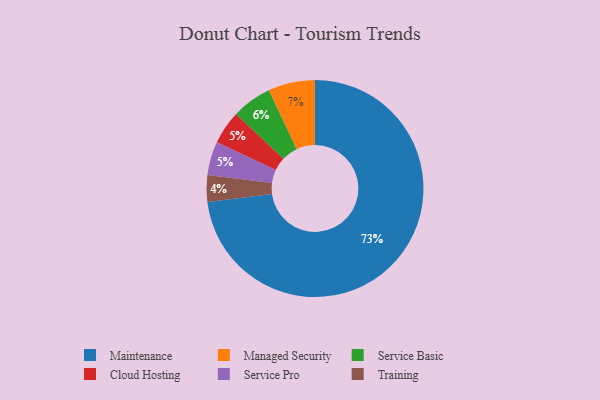
{"axis": {"x": "Category", "y": "Percentage"}, "legend": ["Cloud Hosting", "Maintenance", "Managed Security", "Service Basic", "Service Pro", "Training"], "data": [{"x": "Service Basic", "y": 6, "type": "Service Basic"}, {"x": "Cloud Hosting", "y": 5, "type": "Cloud Hosting"}, {"x": "Training", "y": 4, "type": "Training"}, {"x": "Maintenance", "y": 73, "type": "Maintenance"}, {"x": "Managed Security", "y": 7, "type": "Managed Security"}, {"x": "Service Pro", "y": 5, "type": "Service Pro"}]}